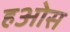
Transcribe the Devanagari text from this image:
हओस